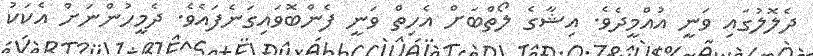
ދެލޮލުގައި ވަނީ އުއްމީދެވެ. އިޝާގެ ލޯތްބަށް އެހިތް ވަނީ ފެންބޮވައިގަނެފައެވެ. ދެމީހުންނަށް އެކަކު